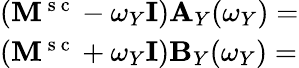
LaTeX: \begin{array}{r}{\begin{array}{cc}{(\mathbf{M^{\mathrm{~s~c~}}}-\omega_{Y}\textbf{I})}\\ {(\mathbf{M^{\mathrm{~s~c~}}}+\omega_{Y}\textbf{I})}\end{array}\begin{array}{l}{\mathbf{A}_{Y}(\omega_{Y})=}\\ {\mathbf{B}_{Y}(\omega_{Y})=}\end{array}\begin{array}{l}{\begin{array}{rl}\end{array}}\end{array}}\end{array}